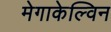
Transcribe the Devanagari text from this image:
मेगाकेल्विन